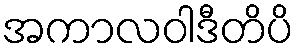
အကာလဝါဒီတိပိ